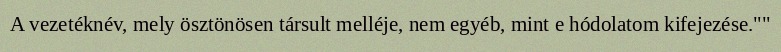
A vezetéknév, mely ösztönösen társult melléje, nem egyéb, mint e hódolatom kifejezése.""